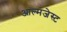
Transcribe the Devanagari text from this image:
आल्मजेस्ट